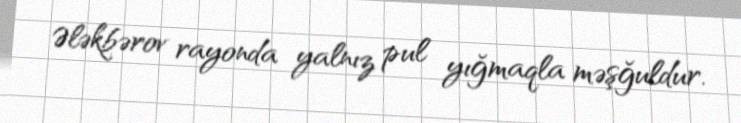
Ələkbərov rayonda yalnız pul yığmaqla məşğuldur.